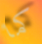
كما